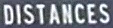
DISTANCES